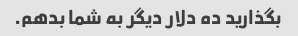
بگذارید ده دلار دیگر به شما بدهم.